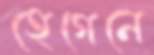
হেগেনে